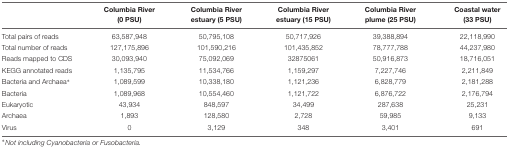
|  | Columbia River (0 PSU) | Columbia River estuary (5 PSU) | Columbia River estuary (15 PSU) | Columbia River plume (25 PSU) | Coastal water (33 PSU) |
 | --- | --- | --- | --- | --- | --- |
 | Total pairs of reads | 63,587,948 | 50,795,108 | 50,717,926 | 39,388,894 | 22,118,990 |
 | Total number of reads | 127,175,896 | 101,590,216 | 101,435,852 | 78,777,788 | 44,237,980 |
 | Reads mapped to CDS | 30,093,940 | 75,092,069 | 32875061 | 50,916,873 | 18,716,051 |
 | KEGG annotated reads | 1,135,795 | 11,534,766 | 1,159,297 | 7,227,746 | 2,211,849 |
 | Bacteria and Archaea∗ | 1,089,599 | 10,338,180 | 1,121,236 | 6,828,779 | 2,181,288 |
 | Bacteria | 1,089,968 | 10,554,460 | 1,121,722 | 6,876,722 | 2,176,794 |
 | Eukaryotic | 43,934 | 848,597 | 34,499 | 287,638 | 25,231 |
 | Archaea | 1,893 | 128,580 | 2,728 | 59,985 | 9,133 |
 | Virus | 0 | 3,129 | 348 | 3,401 | 691 |